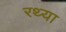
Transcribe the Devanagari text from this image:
रथ्या